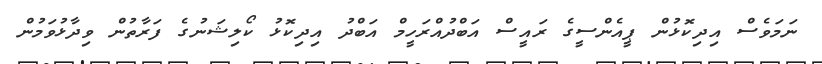
ނަމަވެސް އިދިކޮޅުން ޕީއެންސީގެ ރައީސް އަބްދުއްރަހީމް އަބްދު އިދިކޮޅު ކޯލިޝަނުގެ ފަރާތުން ވިދާޅުވަމުން